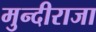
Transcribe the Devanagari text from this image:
मुन्दीराजा